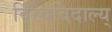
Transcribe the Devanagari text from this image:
विस्वविदाल्य्